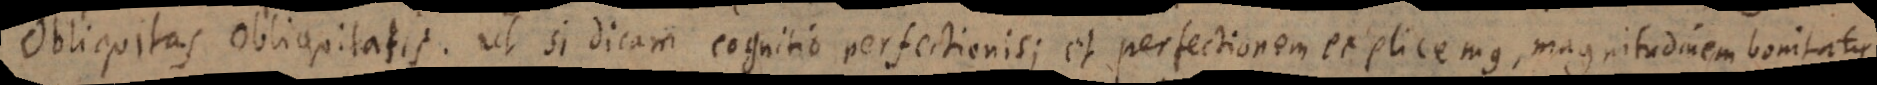
Obliquitas obliquitatis. Ut si dicam cognitio perfectionis; et perfectionem explicemus, magnitudinem bonitatis.